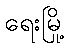
ရေးမြို့